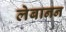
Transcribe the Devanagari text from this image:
लेबानन